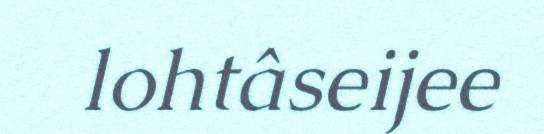
lohtâseijee